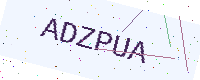
Text: ADZPUA